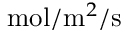
\mathrm { m o l } / \mathrm { m } ^ { 2 } / \mathrm { s }